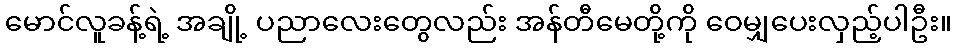
မောင်လူခန့်ရဲ့ အချို့ ပညာလေးတွေလည်း အန်တီမေတို့ကို ဝေမျှပေးလှည့်ပါဦး။